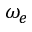
\omega _ { e }